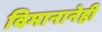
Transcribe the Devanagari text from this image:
विमानानेही